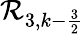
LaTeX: \mathcal{R}_{3,k-\frac{3}{2}}